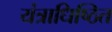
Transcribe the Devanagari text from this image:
यंत्राधिष्ठित